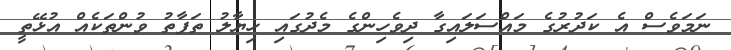
ނަމަވެސް އެ ކަދުރުގެ މައްސަލައިގާ ދިވެހިންގެ މެދުގައި ހިޔާލު ތަފާތު ވުންތަކެއް އުޅޭތީ